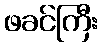
ဖခင်ကြီး